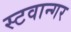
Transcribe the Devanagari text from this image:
स्टवान्गर